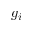
g _ { i }